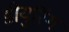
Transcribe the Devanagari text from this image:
डीयुरिंग